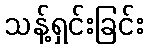
သန့်ရှင်းခြင်း